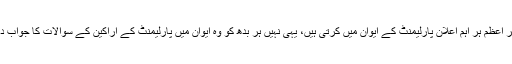
یہاں وزیر اعظم ہر اہم اعلان پارلیمنٹ کے ایوان میں کرتی ہیں، یہی نہیں ہر بدھ کو وہ ایوان میں پارلیمنٹ کے اراکین کے سوالات کا جواب دیتی ہیں ۔